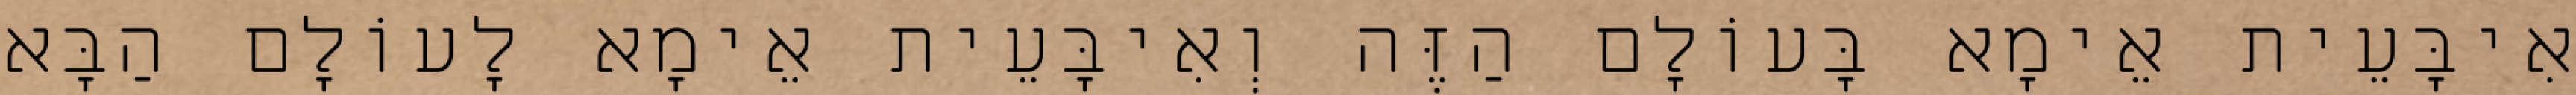
אִיבָּעֵית אֵימָא בָּעוֹלָם הַזֶּה וְאִיבָּעֵית אֵימָא לָעוֹלָם הַבָּא